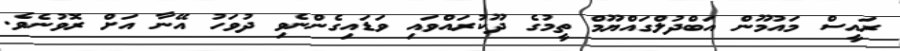
ރައީސް މައުމޫން އަބްދުލްގައްޔޫމް ތީމުގެ ދޫކުރައްވައި ވަޑައިގެންނެވި ދުވަހު އޭނާ އަށް ރޮވުނެވެ.